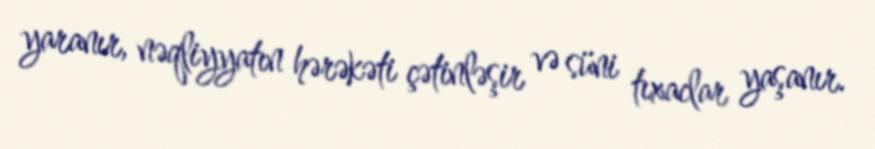
yaranır, nəqliyyatın hərəkəti çətinləşir və süni tıxaclar yaşanır.